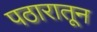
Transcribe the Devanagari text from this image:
पठारातून